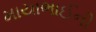
માયાભાઈની